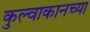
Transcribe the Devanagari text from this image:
कुल्वाकानच्या